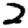
Digit: 2